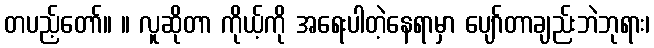
တပည့်တော်။ ။ လူဆိုတာ ကိုယ့်ကို အရေးပါတဲ့နေရာမှာ ပျော်တာချည်းဘဲဘုရား၊